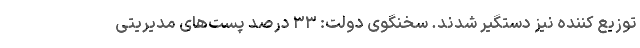
توزیع کننده نیز دستگیر شدند. سخنگوی دولت: ۳۳ درصد پست‌های مدیریتی